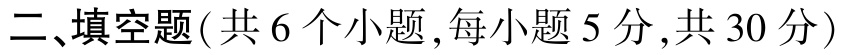
二、填空题(共 6 个小题,每小题 5 分,共 30 分)